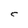
Character: C